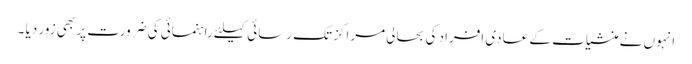
انہوں نے منشیات کے عادی افراد کی بحالی مراکز تک رسائی کیلئے راہنمائی کی ضرورت پر بھی زور دیا ۔